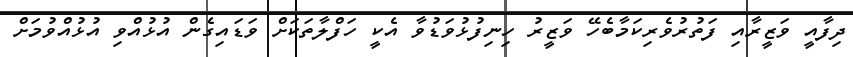
ދިފާއީ ވަޒީރާއި ފަތުރުވެރިކަމާބެހޭ ވަޒީރު ހިނިފުޅުވަޑުވާ އެކީ ހަފްލާތަކަށް ވަޑައިގެން އުޅުއްވި އުޅުއްވުމަށް